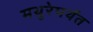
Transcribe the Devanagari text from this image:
मथुरेपर्यंत